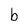
Character: b